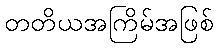
တတိယအကြိမ်အဖြစ်